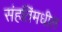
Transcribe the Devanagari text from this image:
संहतिंमधील